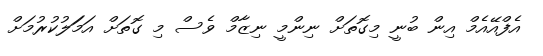
އެފްއޭއެމް އިން ބުނީ މިގޮތަށް ނިންމީ ނިޒާމް ވެސް މި ގޮތަށް އަމަަލުކުރުމަށް